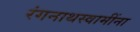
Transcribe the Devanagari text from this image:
रंगनाथस्वामींना